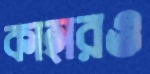
কাহারও